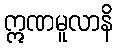
ဣဏမူလာနိ